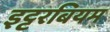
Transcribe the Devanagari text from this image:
इट्टरबियम